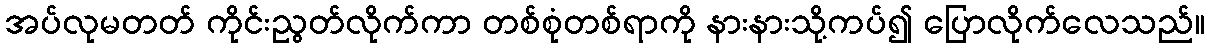
အပ်လုမတတ် ကိုင်းညွတ်လိုက်ကာ တစ်စုံတစ်ရာကို နားနားသို့ကပ်၍ ပြောလိုက်လေသည်။